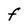
Character: F